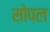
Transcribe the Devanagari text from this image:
सोपल